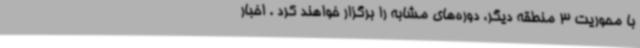
با محوریت 3 منطقه دیگر، دوره‌های مشابه را برگزار خواهند کرد . اخبار